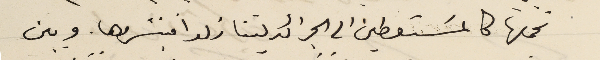
نحملها كالمسَتعطين الى الجرائد ليتنازلوا فينشروها. وبين